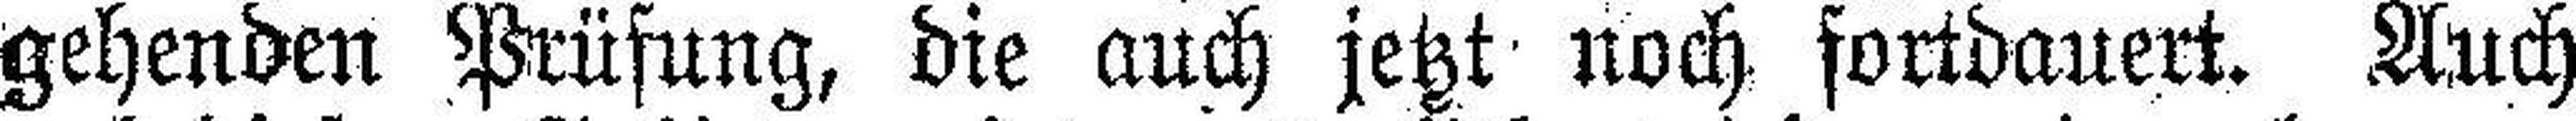
gehenden Prüfung, die auch jetzt noch fortdauert. Auch